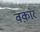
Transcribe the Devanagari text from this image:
वक़ार